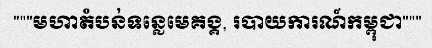
"""មហាតំបន់ទន្លេមេគង្គ, របាយការណ៍កម្ពុជា"""